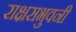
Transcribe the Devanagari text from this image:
राक्षसभुवनी